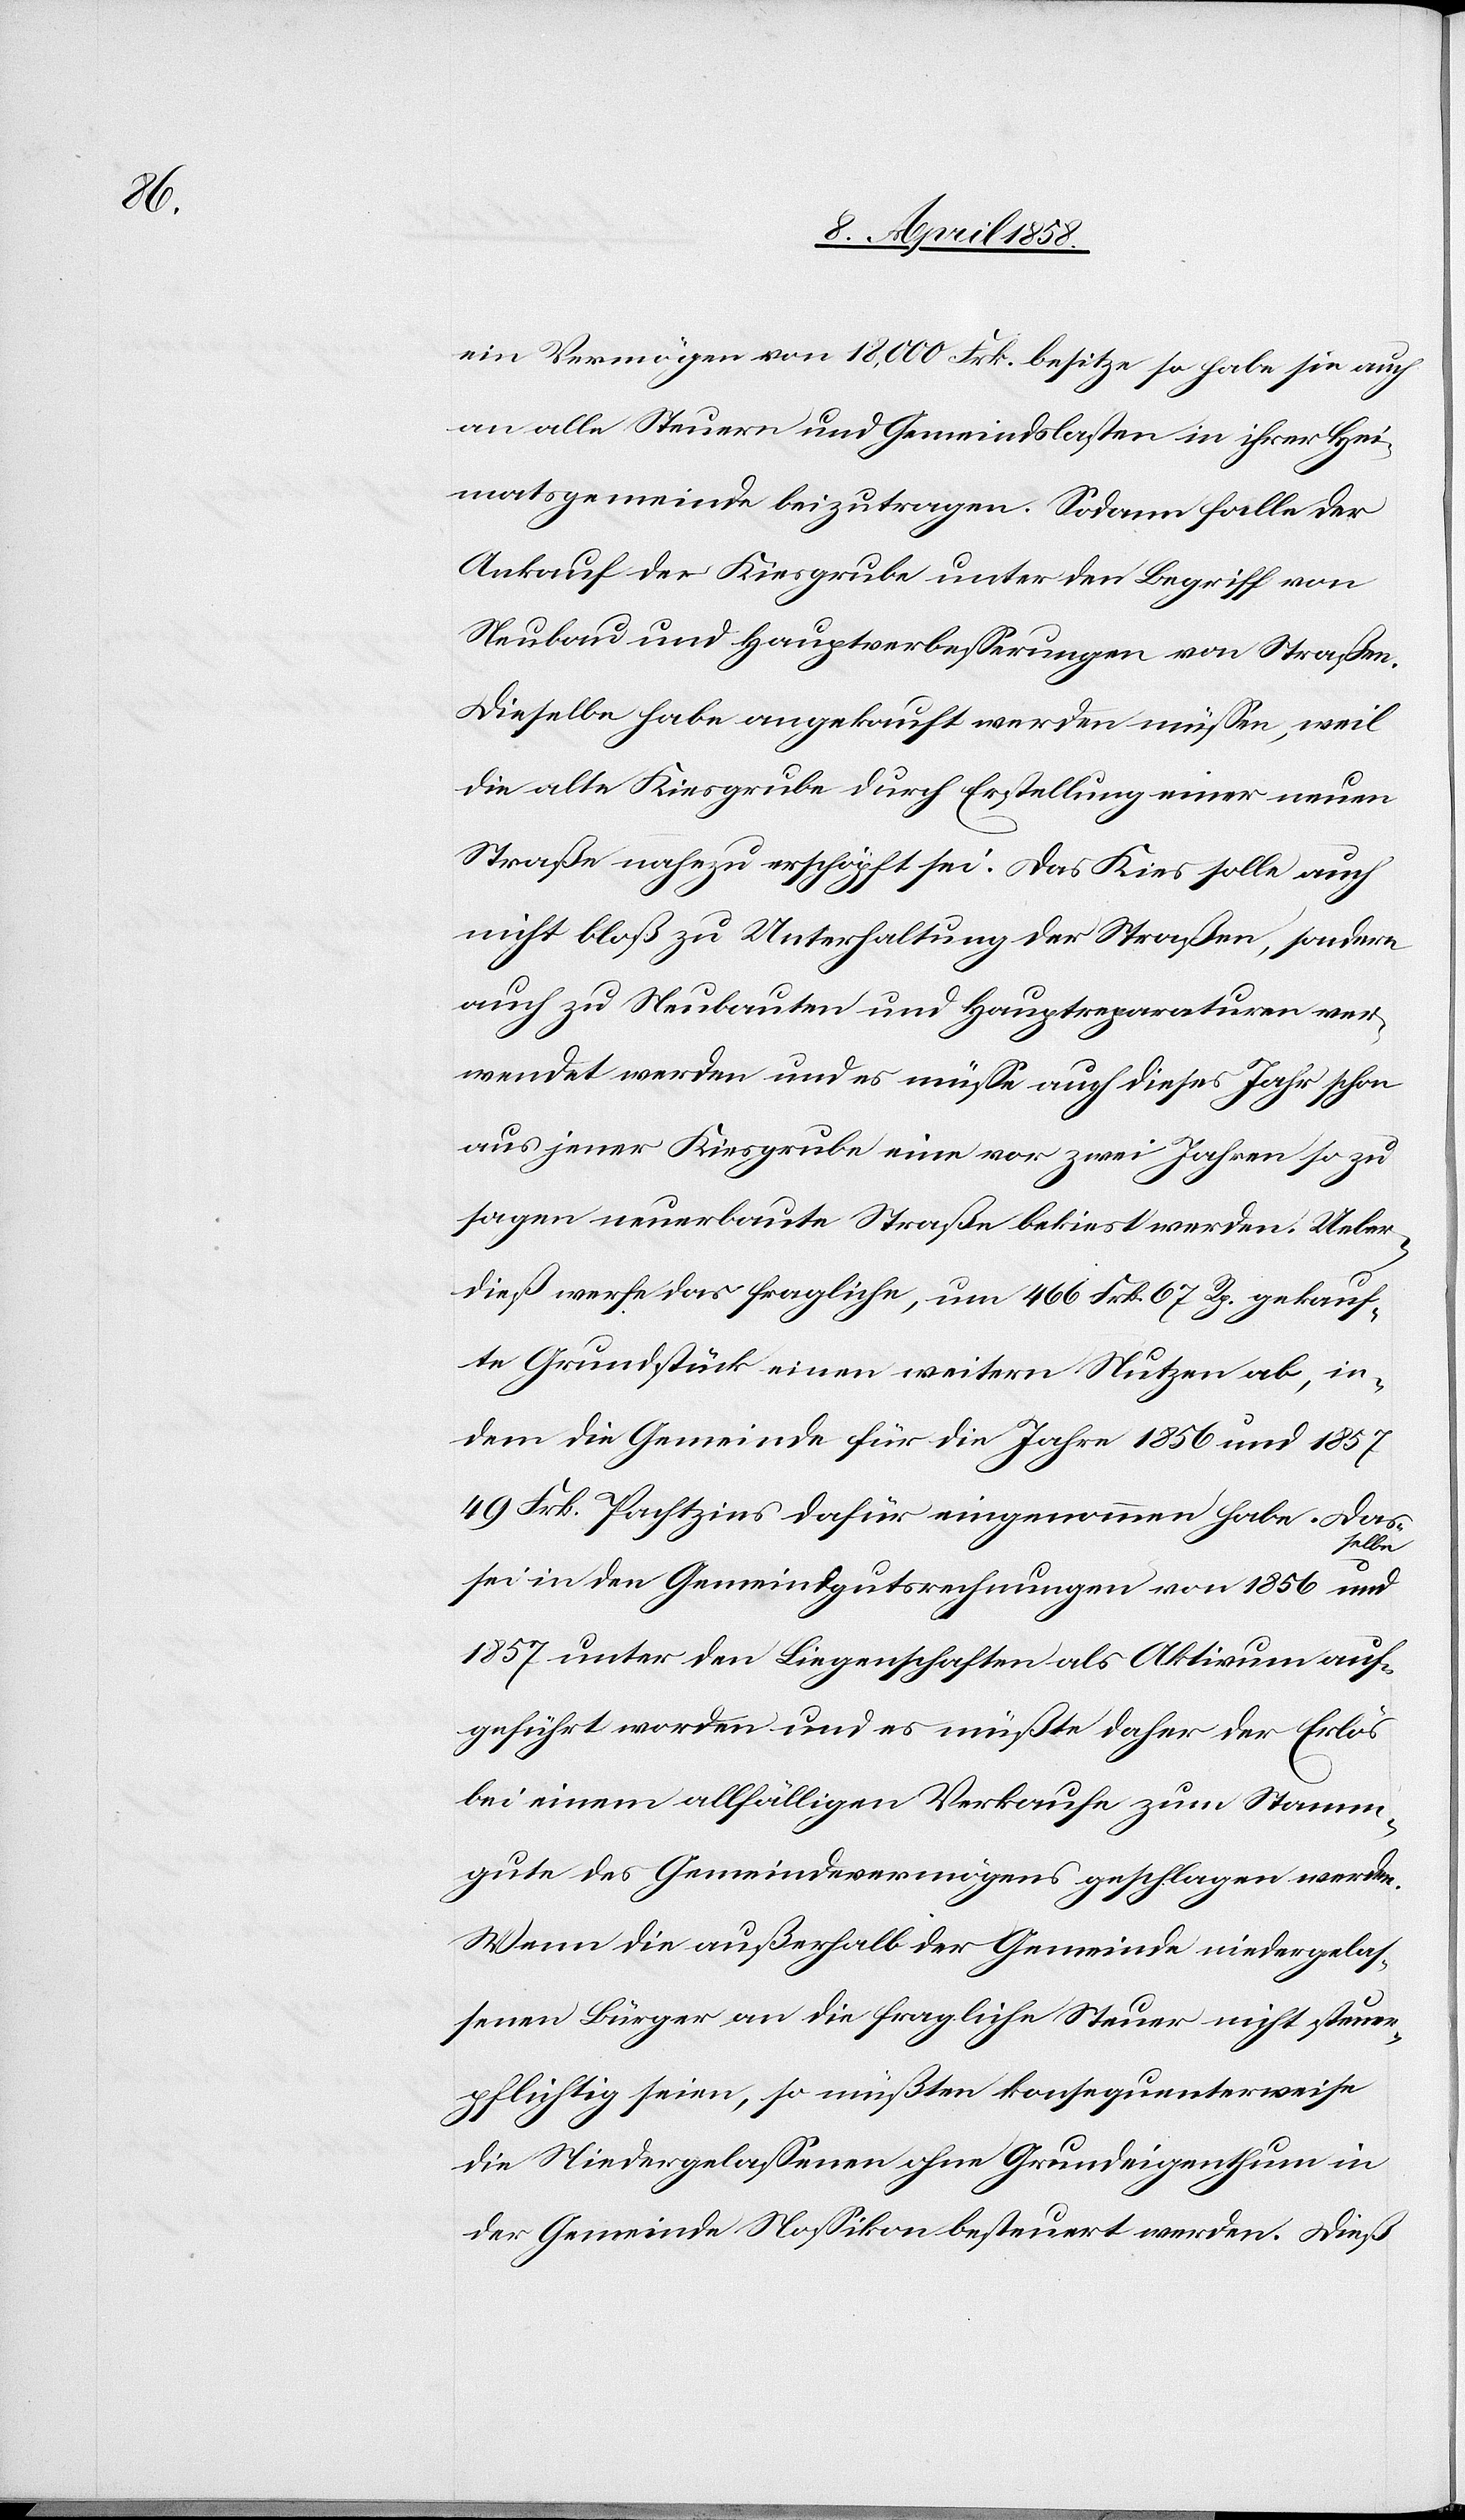
ein Vermögen von 18,000 Frk. besitze so habe sie auch
an allen Steuern und Gemeindslasten in ihrer Hei¬
matsgemeinde beizutragen. Sodann falle der
Ankauf der Kiesgrube unter den Begriff von
Neubau und Hauptverbesserungen von Straßen.
Dieselbe habe angekauft werden müssen, weil
die alte Kiesgrube durch Erstellung einer neuen
Straße nahezu erschöpft sei. Das Kies solle auch
nicht bloß zu Unterhaltung der Straßen, sondern
auch zu Neubauten und Hauptreparaturen ver¬
wendet werden und es müsse auch dieses Jahr schon
aus jener Kiesgrube eine vor zwei Jahren so zu
sagen neuerbaute Straße bekiest werden. Ueber¬
dieß werfe das fragliche, um 466 Frk. 67 Rp. gekauf¬
te Grundstück einen weitern Nutzen ab, in¬
dem die Gemeinde für die Jahre 1856 und 1857
49 Frk. Pachtzins dafür eingenommen habe. Das
sei in den Gemeindgutsrechnungen von 1856 und
1857 unter den Liegenschaften als Aktivum auf¬
geführt worden und es müßte daher der Erlös
bei einem allfälligen Verkaufe zum Stamm¬
gute des Gemeindevermögens geschlagen werden.
Wenn die außerhalb der Gemeinde niedergelas¬
senen Bürger an die fragliche Steuer nicht steuer¬
pflichtig seien, so müßten konsequenterweise
die Niedergelassenen ohne Grundeigenthum in
der Gemeinde Nossikon besteuert werden. Dieß